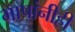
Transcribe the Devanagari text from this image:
भाषांनीही